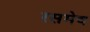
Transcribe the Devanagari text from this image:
रसमेव